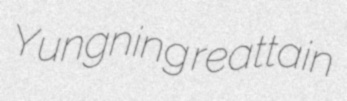
Yungning reattain